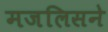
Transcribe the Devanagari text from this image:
मजलिसने